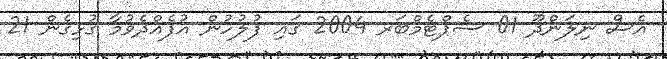
އެސް ނިލަންދޫ 01 ސެޕްޓެމްބަރ 2004 ގައި ފުލުހުން އުފެއްދެވުމާ ގުޅިގެން 21